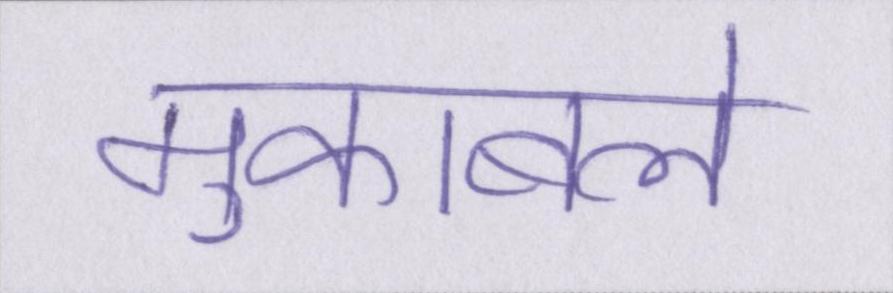
मुकाबले